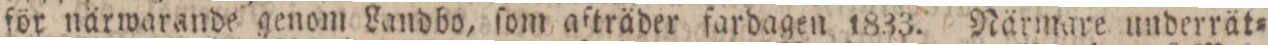
för närwarande genom Landbo, ſom afträder fardagen 1833. Närmare underrät=